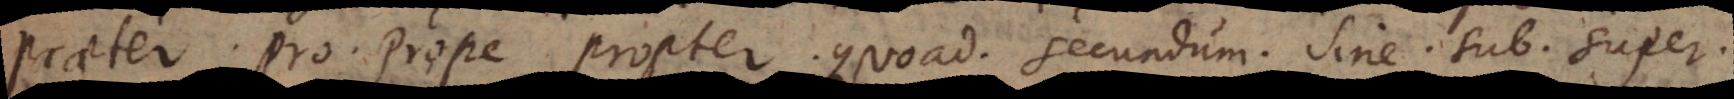
Praeter. Pro. Prope. Propter. Quoad. Secundum. Sine. Sub. Super.